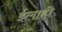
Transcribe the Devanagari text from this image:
ईलाही